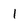
Character: 1